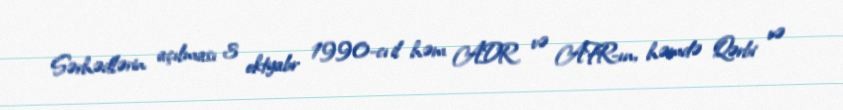
Sərhədlərin açılması 3 oktyabr 1990-cı il həm ADR və AFR-ın, həmdə Qərbi və